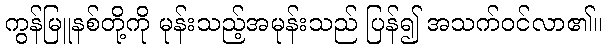
ကွန်မြူနစ်တို့ကို မုန်းသည့်အမုန်းသည် ပြန်၍ အသက်ဝင်လာ၏။